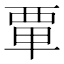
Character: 𫟛